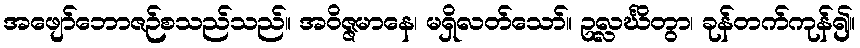
အဖျော်ဘောဇဉ်စသည်သည်။ အဝိဇ္ဇမာနေ၊ မရှိလတ်သော်။ ဥလ္လင်္ဃိတွာ၊ ခုန်တက်ကုန်၍။